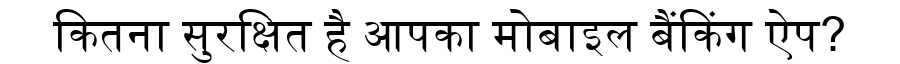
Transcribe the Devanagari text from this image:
कितना सुरक्षित है आपका मोबाइल बैंकिंग ऐप?